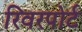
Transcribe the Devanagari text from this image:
रिवरपोर्ट